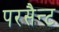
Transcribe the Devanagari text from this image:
परसैन्ट